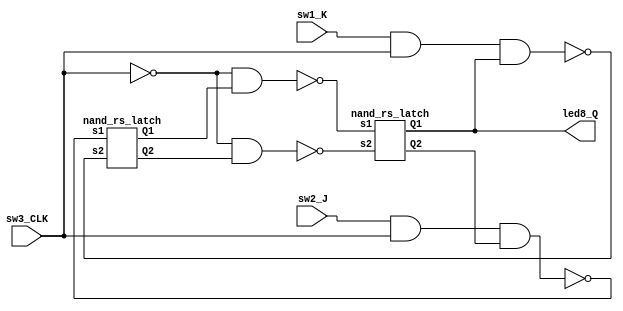
`timescale 1ns / 1ps
//////////////////////////////////////////////////////////////////////////////////
// Company: 
// Engineer: 
// 
// Design Name: 
// Module Name:    pulse_jk_flipflop 
// Project Name: 
// Target Devices: 
// Tool versions: 
// Description: 
//
// Dependencies: 
//
// Revision: 
// Revision 0.01 - File Created
// Additional Comments: 
//
//////////////////////////////////////////////////////////////////////////////////
module pulse_jk_flipflop(
    input sw3_CLK,
	 input sw2_J,
	 input sw1_K,
	 output led8_Q
    );
	 wire s1_m,s2_m,s1_s,s2_s,temp_out1,temp_out2,temp_q;//temp_qQ'
	 
	 assign s1_m = !(sw2_J & sw3_CLK & temp_q);
	 assign s2_m = !(sw1_K & sw3_CLK &  led8_Q);
	 assign s1_s = !(!sw3_CLK & temp_out1);
	 assign s2_s = !(!sw3_CLK & temp_out2);	 
    nand_rs_latch nand_rs_latch_m(.s1(s1_m),.s2(s2_m),.Q1(temp_out1),.Q2(temp_out2));
	 nand_rs_latch nand_rs_latch_s(.s1(s1_s),.s2(s2_s),.Q1(led8_Q),.Q2(temp_q));
	  
endmodule
//RS
module nand_rs_latch(
    input s1,
	 input s2,
	 output Q1,
	 output Q2
	 );	 
	 assign Q1 = !(s1&Q2);
	 assign Q2 = !(Q1&s2);
	
endmodule